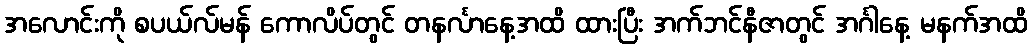
အလောင်းကို စပယ်လ်မန် ကောလိပ်တွင် တနင်္လာနေ့အထိ ထားပြီး အက်ဘင်နီဇာတွင် အင်္ဂါနေ့ မနက်အထိ